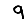
Digit: 9